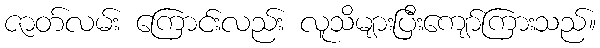
ဇာတ်လမ်း ကြောင်းလည်း လူသိများပြီးကျော်ကြားသည်။